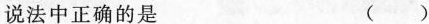
说法中正确的是 ( )